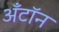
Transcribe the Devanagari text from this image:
अँटॉन